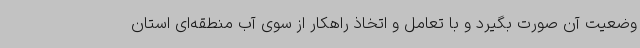
وضعیت آن صورت بگیرد و با تعامل و اتخاذ راهکار از سوی آب منطقه‌ای استان